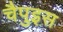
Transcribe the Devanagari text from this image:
चैपुइस